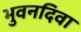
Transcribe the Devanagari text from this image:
भुवनदिवा